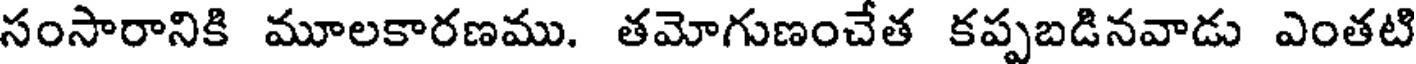
సంసారానికి మూలకారణము. తమోగుణంచేత కప్పబడినవాడు ఎంతటి